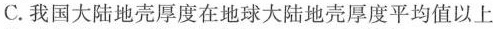
C.我国大陆地壳厚度在地球大陆地壳厚度平均值以上